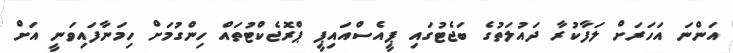
އަންނަ އަހަރަށް ލަފާކުރާ ދައުލަތުގެ ބަޖެޓުގައި ޕީއެސްއައިޕީ ޕްރޮޖެކްޓުތައް ހިންގުމަށް ހިމަނާފައިވަނީ އަށް